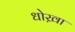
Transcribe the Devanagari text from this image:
धोख़ा